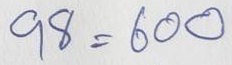
98 = 600